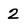
Character: 2